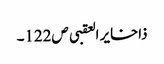
ذاخایر العقبی ص122۔